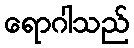
ရောဂါသည်